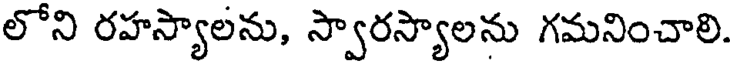
లోని రహస్యాలను, స్వారస్యాలను గమనించాలి.